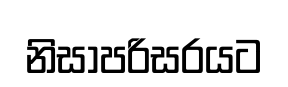
නිසාපරිසරයට